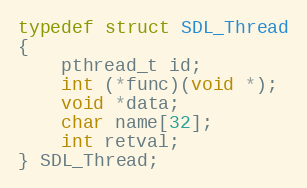
Language: C
typedef struct SDL_Thread
{
    pthread_t id;
    int (*func)(void *);
    void *data;
    char name[32];
    int retval;
} SDL_Thread;